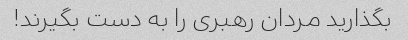
بگذارید مردان رهبری را به دست بگیرند!